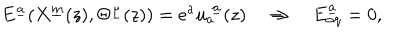
E ^ { \underline { { a } } } ( X ^ { \underline { { m } } } ( z ) , \Theta ^ { \underline { { \mu } } } ( z ) ) = e ^ { a } u _ { a } ^ { ~ \underline { { a } } } ( z ) \quad \Rightarrow \quad E _ { \alpha q } ^ { \underline { { a } } } = 0 ,